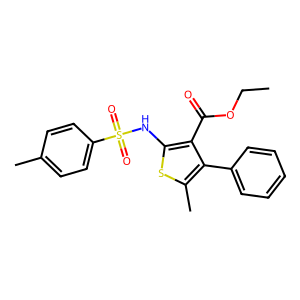
SMILES: CCOC(=O)c1c(NS(=O)(=O)c2ccc(C)cc2)sc(C)c1-c1ccccc1
Inhibits HIV replication: No